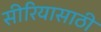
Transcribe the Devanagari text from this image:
सीरियासाठी